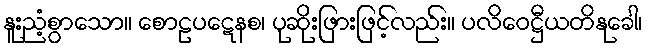
နူးညံ့စွာသော။ စောဠပဋေနစ၊ ပုဆိုးဖြားဖြင့်လည်း။ ပလိဝေဋ္ဌီယတိနုခေါ၊